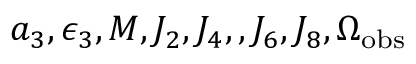
a _ { 3 } , \epsilon _ { 3 } , M , J _ { 2 } , J _ { 4 } , , J _ { 6 } , J _ { 8 } , \Omega _ { \mathrm { o b s } }